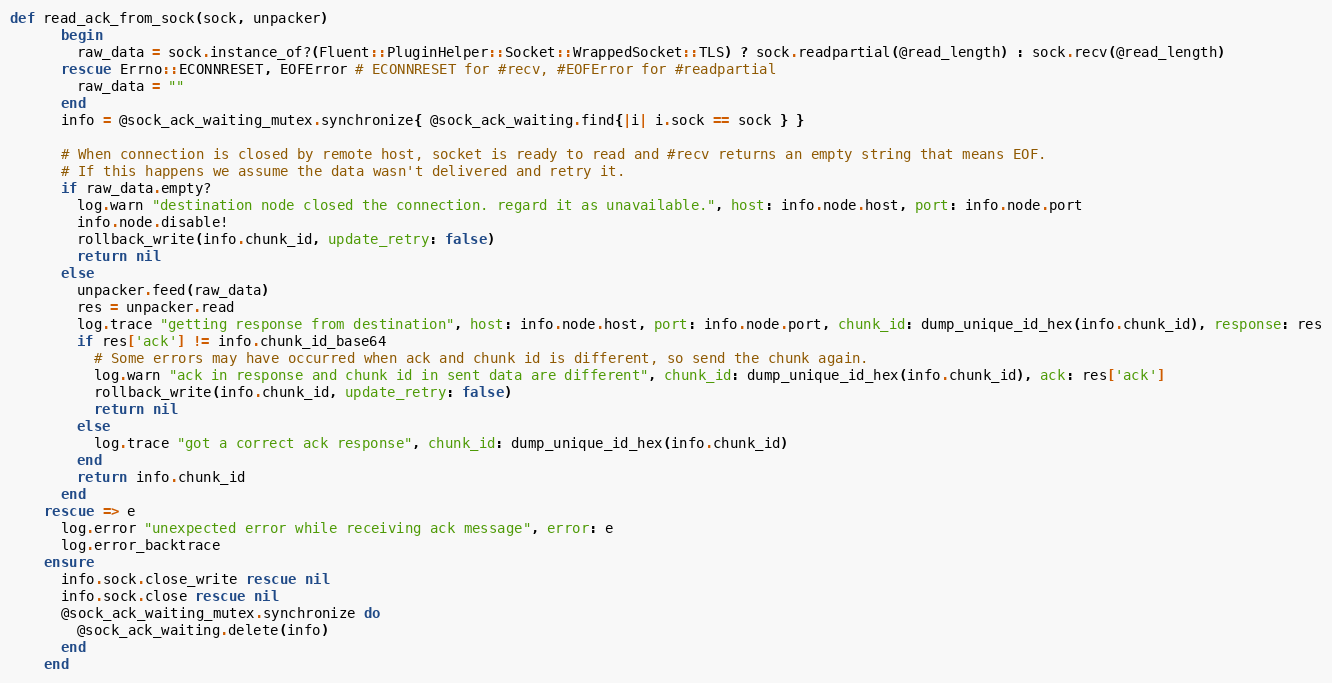
Language: Ruby
def read_ack_from_sock(sock, unpacker)
      begin
        raw_data = sock.instance_of?(Fluent::PluginHelper::Socket::WrappedSocket::TLS) ? sock.readpartial(@read_length) : sock.recv(@read_length)
      rescue Errno::ECONNRESET, EOFError # ECONNRESET for #recv, #EOFError for #readpartial
        raw_data = ""
      end
      info = @sock_ack_waiting_mutex.synchronize{ @sock_ack_waiting.find{|i| i.sock == sock } }

      # When connection is closed by remote host, socket is ready to read and #recv returns an empty string that means EOF.
      # If this happens we assume the data wasn't delivered and retry it.
      if raw_data.empty?
        log.warn "destination node closed the connection. regard it as unavailable.", host: info.node.host, port: info.node.port
        info.node.disable!
        rollback_write(info.chunk_id, update_retry: false)
        return nil
      else
        unpacker.feed(raw_data)
        res = unpacker.read
        log.trace "getting response from destination", host: info.node.host, port: info.node.port, chunk_id: dump_unique_id_hex(info.chunk_id), response: res
        if res['ack'] != info.chunk_id_base64
          # Some errors may have occurred when ack and chunk id is different, so send the chunk again.
          log.warn "ack in response and chunk id in sent data are different", chunk_id: dump_unique_id_hex(info.chunk_id), ack: res['ack']
          rollback_write(info.chunk_id, update_retry: false)
          return nil
        else
          log.trace "got a correct ack response", chunk_id: dump_unique_id_hex(info.chunk_id)
        end
        return info.chunk_id
      end
    rescue => e
      log.error "unexpected error while receiving ack message", error: e
      log.error_backtrace
    ensure
      info.sock.close_write rescue nil
      info.sock.close rescue nil
      @sock_ack_waiting_mutex.synchronize do
        @sock_ack_waiting.delete(info)
      end
    end